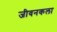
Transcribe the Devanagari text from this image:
जीवनकला